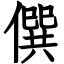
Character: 僎